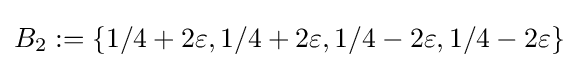
B_{2}:=\{1/4+2\varepsilon ,1/4+2\varepsilon ,1/4-2\varepsilon ,1/4-2\varepsilon \}